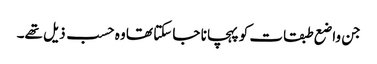
جن واضع طبقات کو پہچانا جا سکتا تھا وہ حسب ذیل تھے۔